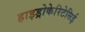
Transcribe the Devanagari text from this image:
हाइड्रोकेरिटेसिई